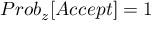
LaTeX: P r o b _ { z } [ A c c e p t ] = 1